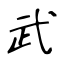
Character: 武